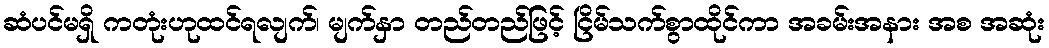
ဆံပင်မရှိ ကတုံးဟုထင်ရလျက်၊ မျက်နှာ တည်တည်ဖြင့် ငြိမ်သက်စွာထိုင်ကာ အခမ်းအနား အစ အဆုံး